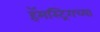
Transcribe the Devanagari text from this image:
हॅमस्ट्रिगच्या